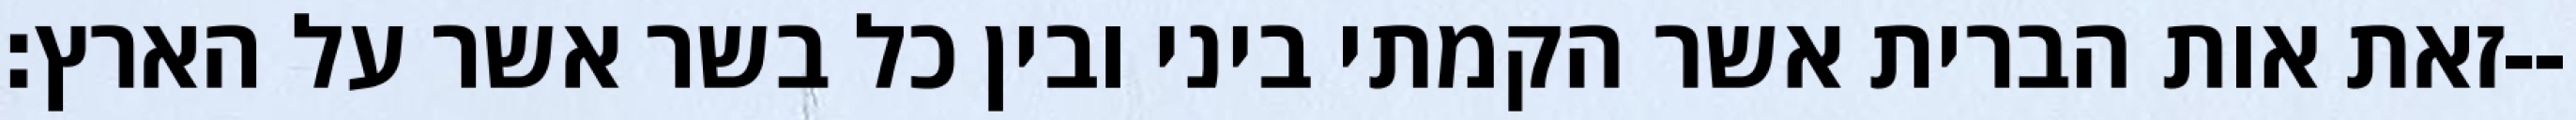
זאת אות הברית אשר הקמתי ביני ובין כל בשר אשר על הארץ׃--